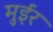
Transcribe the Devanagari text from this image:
मुईर